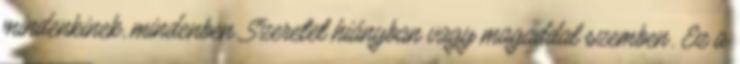
mindenkinek, mindenben. Szeretet hiányban vagy magaddal szemben. Ez a